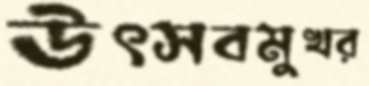
উৎসবমুখর